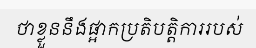
ថាខ្លួននឹងផ្អាកប្រតិបត្តិការរបស់